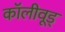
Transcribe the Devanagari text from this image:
कॉलीवूड्